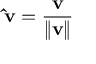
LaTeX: \mathbf { \hat { v } } = { \frac { \mathbf { v } } { \Vert \mathbf { v } \Vert } }